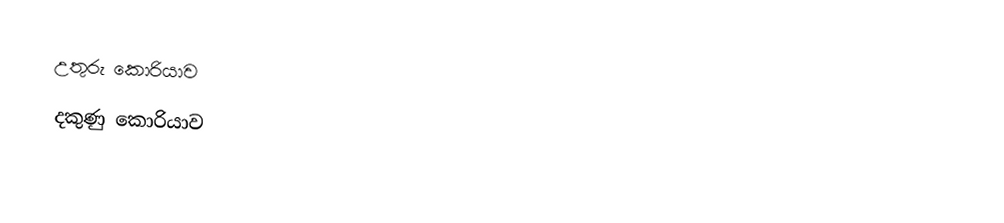
උතුරු කොරියාව
 දකුණු කොරියාව